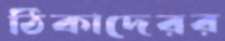
ঠিকাদেরর